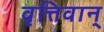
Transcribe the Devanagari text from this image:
वृत्तिवान्